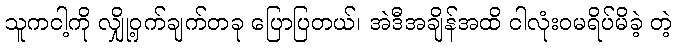
သူကငါ့ကို လျှို့ဝှက်ချက်တခု ပြောပြတယ်၊ အဲဒီအချိန်အထိ ငါလုံးဝမရိပ်မိခဲ့ တဲ့